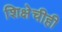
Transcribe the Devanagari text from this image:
शिक्षेचीही